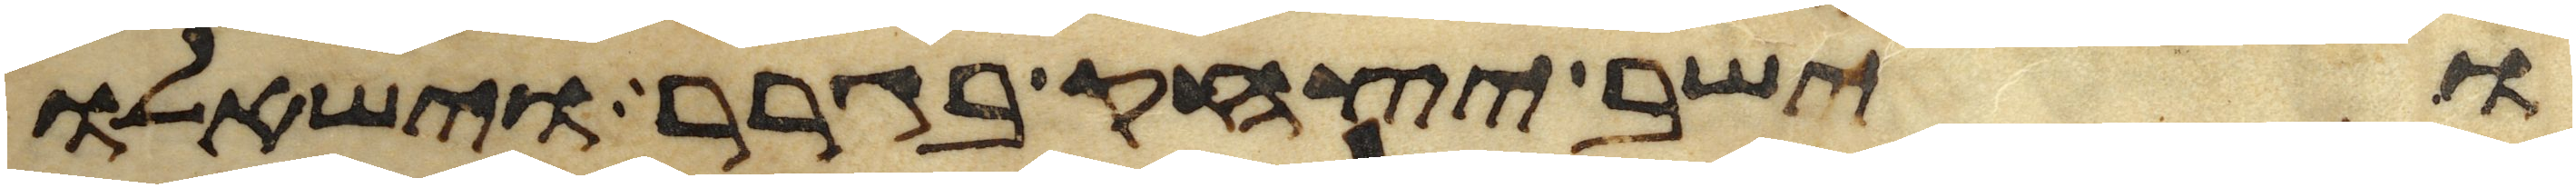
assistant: וישב יצחק בגרר וישאלו